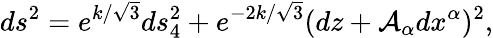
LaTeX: ds^{2}=e^{k/\sqrt{3}}ds_{4}^{2}+e^{-2k/\sqrt{3}}(dz+{\cal A}_{\alpha}dx^{\alpha})^{2},